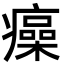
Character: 㿋